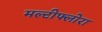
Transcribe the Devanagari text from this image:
मल्टीफ्लोरा